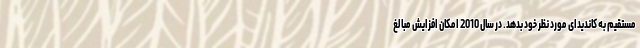
مستقیم به کاندیدای مورد نظر خود بدهد. در سال 2010 امکان افزایش مبالغ